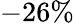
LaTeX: -26\%